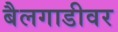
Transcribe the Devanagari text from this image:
बैलगाडीवर